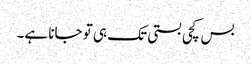
بس کچی بستی تک ہی تو جانا ہے۔